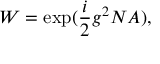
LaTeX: { \cal W } = \exp ( \frac { i } { 2 } g ^ { 2 } N { \cal A } ) ,